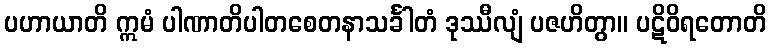
ပဟာယာတိ ဣမံ ပါဏာတိပါတစေတနာသင်္ခါတံ ဒုဿီလျံ ပဇဟိတွာ။ ပဋိဝိရတောတိ